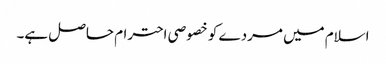
اسلام میں مردے کو خصوصی احترام حاصل ہے۔